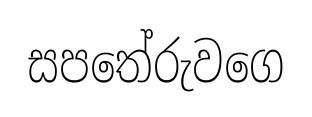
සපතේරුවගෙ